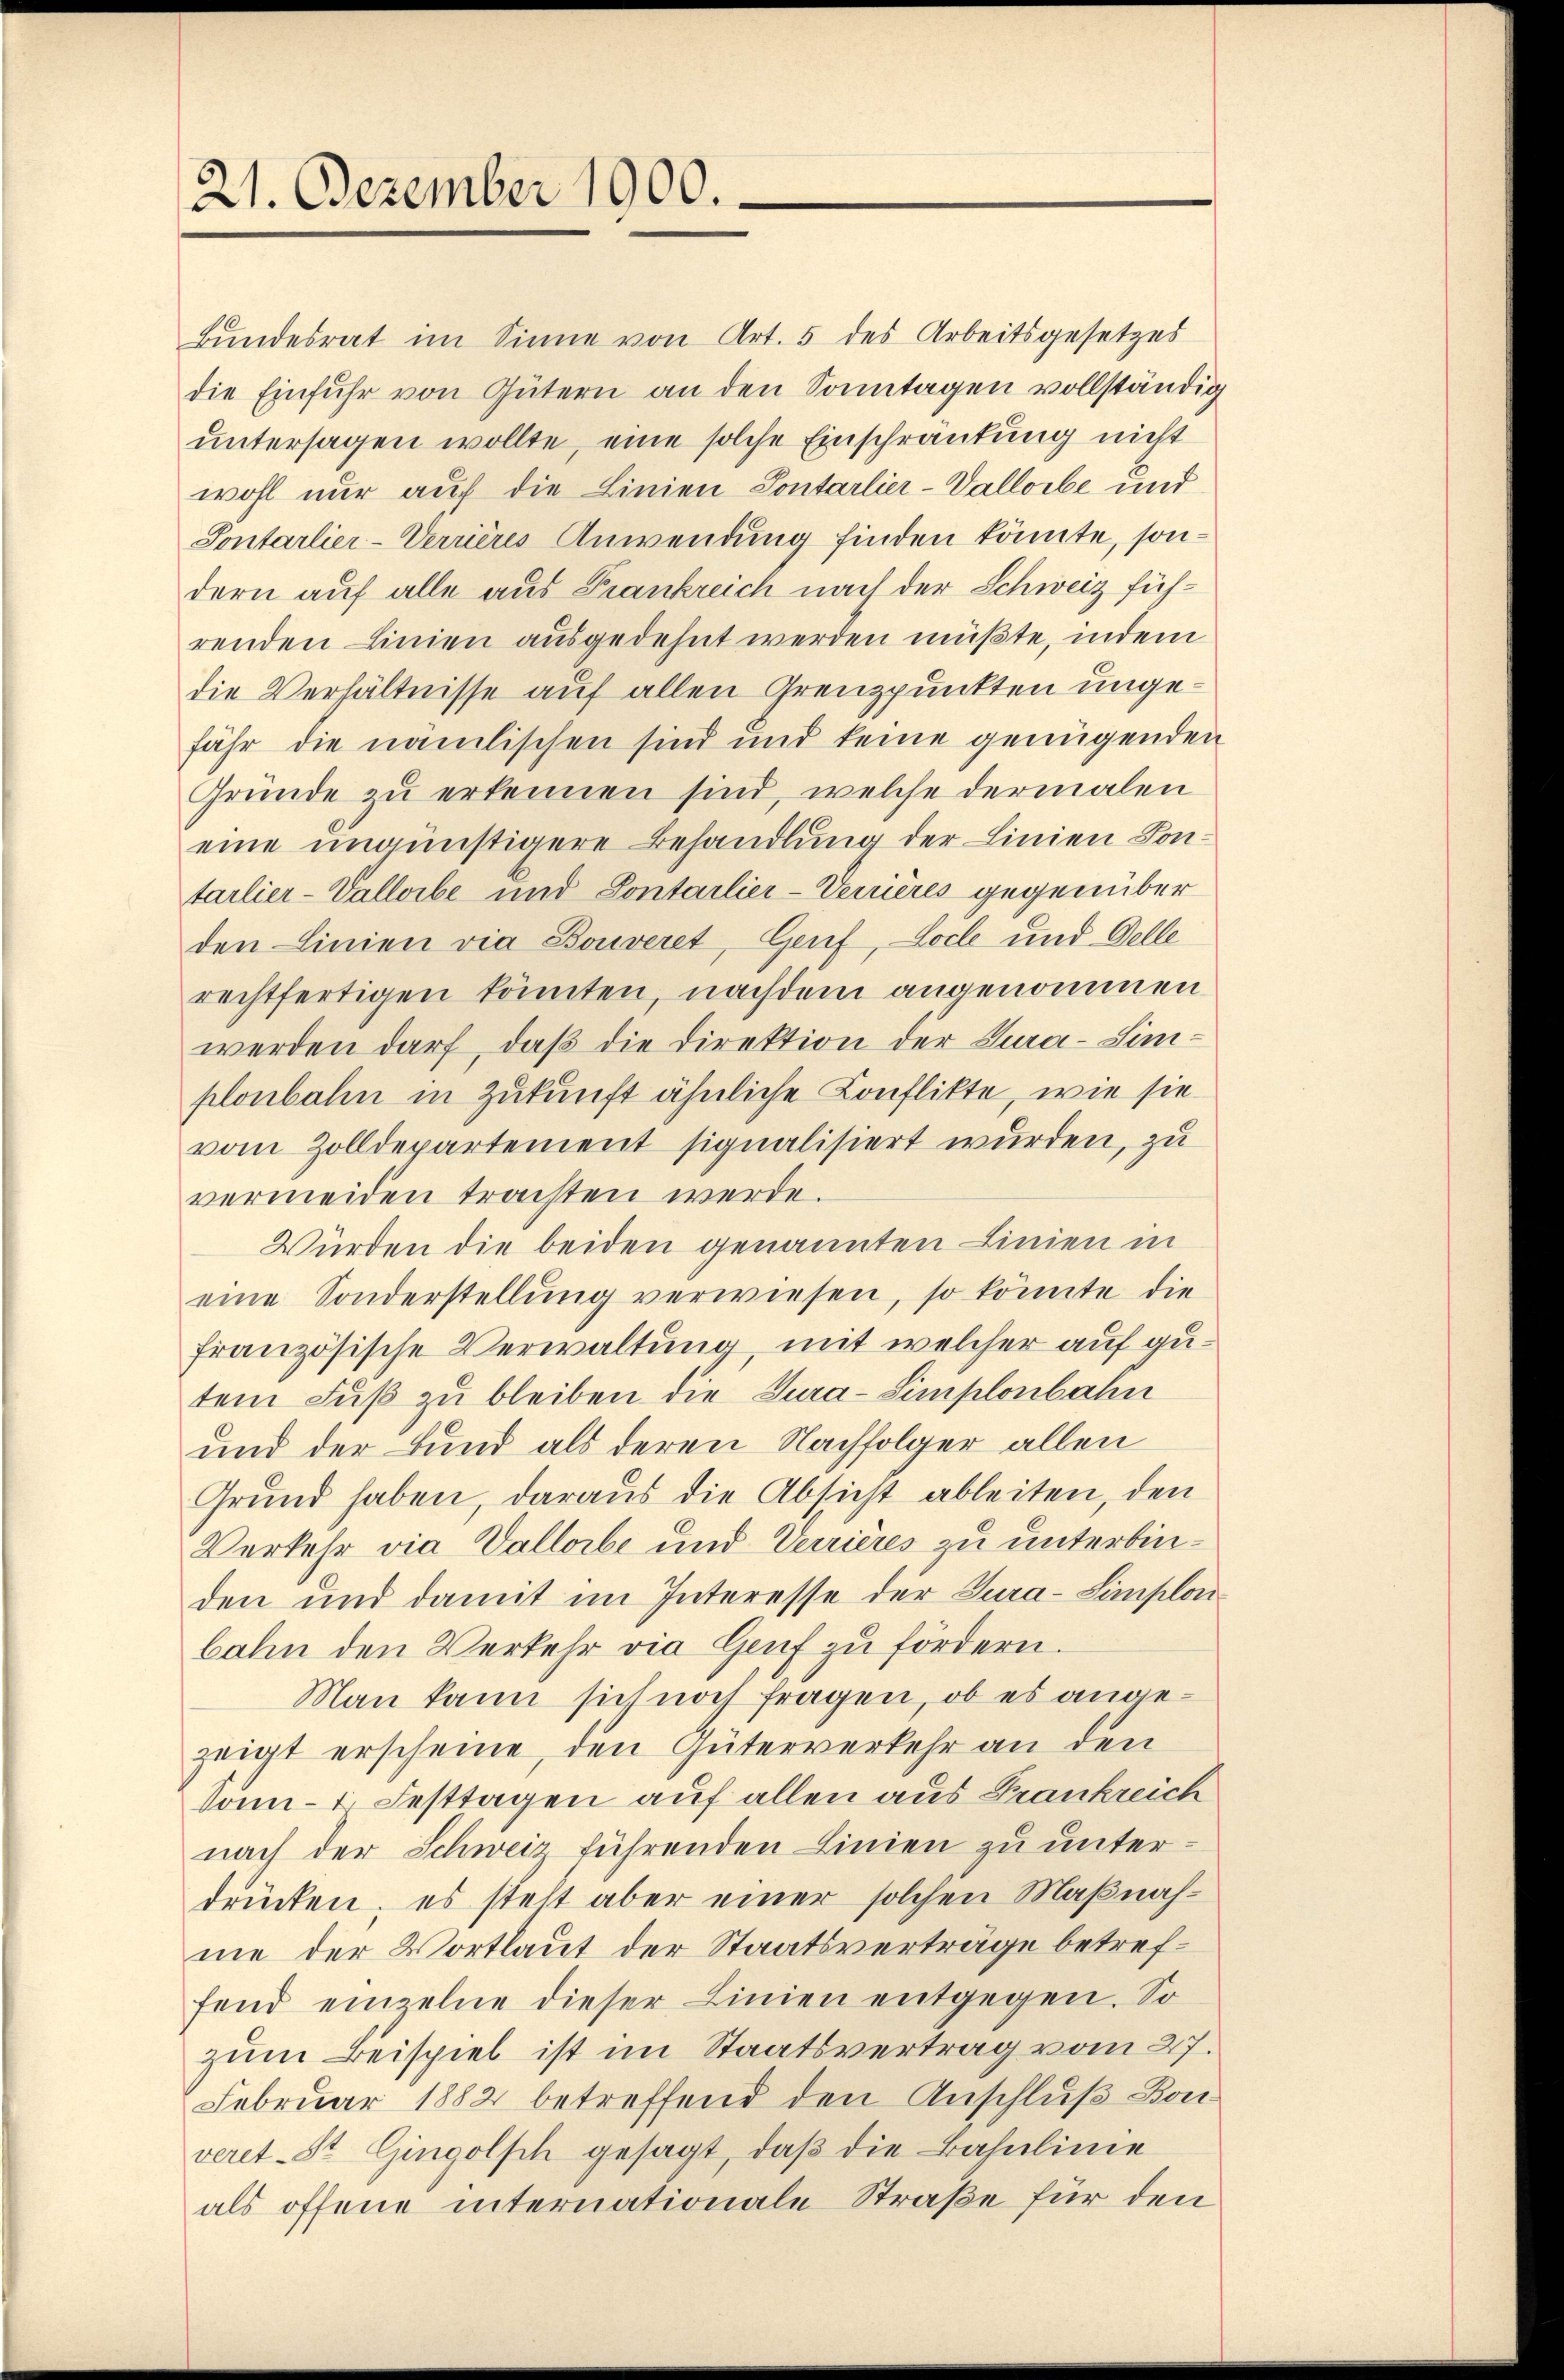
21. Dezember 1900.

Bŭndesrat im Sinne von Art. 5 des Arbeitsgesetzes
die Einfuhr von Gütern an den Sonntagen vollständig
untersagen wollte, eine solche Einschränkung nicht
wohl nur auf die Linien Sontarlier-Vallorbe und
Sontarlier-Verrières Anwendung finden könnte, sondern auf alle aus Frankreich nach der Schweiz führenden Linien ausgedehnt werden müßte, indem
die Verhältnisse auf allen Grenzpunkten ungefähr die nämlischen sind und keine genügenden
Gründe zu erkennen sind, welche dermalen
eine ungünstigere Behandlung der Linien Sontarlier-Valloibe und Sontarlier-Verrieres gegenüber
den Linien via Bouveret, Genf, Loche und Delle
rechtfertigen könnten, nachdem angenommen
werden darf, daß die Direktion der Cura-Simplonbahn in Zukunft ähnliche Konflikte, wie sie
vom Zolldepartement signalisiert wurden, zu
vermeiden trachten werde
Würden die beiden genannten Linien in
eine Sonderstellŭng verwiesen, so könnte die
französische Verwaltung, mit welcher auf gutem Fuß zu bleiben die Tura-Simplonbahn
und der Bund als deren Nachfolger allen
Grund haben, daraus die Absicht ableiten, den
Verkehr via Vallorbe und Verrières zu unterbinden und damit im Interesse der Tura-Simplon-
bahn den Verkehr die Genf zu fördern.
Man kann sich noch fragen, ob es angezeigt erscheine, den Güterverkehr an den
Sonn- 1. Festtagen auf allen aus Frankreich
nach der Schweiz führenden Linien zu unterdrücken; es steht aber einer solchen Maßnahme der Wortlaut der Staatsverträge betreffend einzelne dieser Linien entgegen. So
zum Beispiel ist im Staatsvertrag vom 27.
Februar 1882 betreffend den Anschluß Bonveret-St. Gingolsch gesagt, daß die Bahnlinie
als offene internationale Straße für den